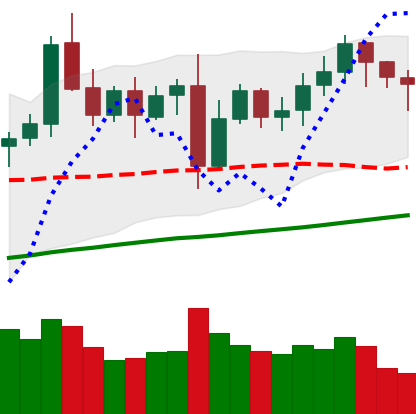
Ticker: LTC-USD
Chart end date: 2021-11-06
Forward return: 32.962%
Label: up_7plus